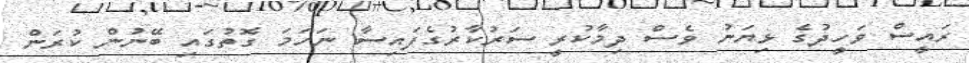
ރައީސް ވަހީދުގެ ޅިޔަނު ވެސް ދިމާކުރީ ސަރުކާރުގެފައިސާ ނަހަމަ ގޮތުގައި ބޭނުން ކުރަން